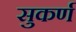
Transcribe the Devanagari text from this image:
सुकर्ण